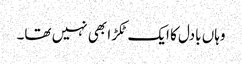
وہاں بادل کا ایک ٹکڑا بھی نہیں تھا۔